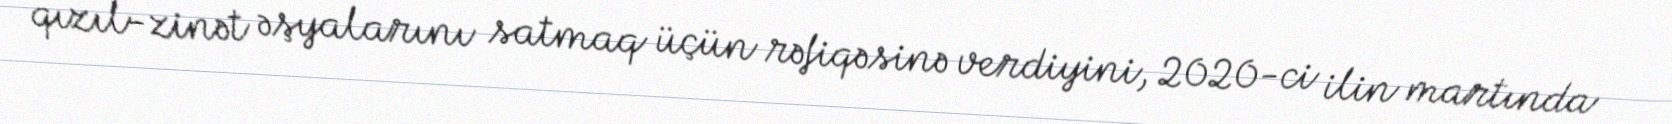
qızıl-zinət əşyalarını satmaq üçün rəfiqəsinə verdiyini, 2020-ci ilin martında